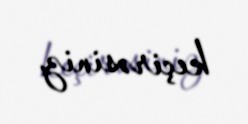
keçirəsiniz.